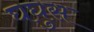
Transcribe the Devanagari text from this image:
घघुस